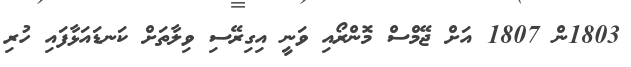
1803ން 1807 އަށް ޖޭމްސް މޮންރޯއި ވަނީ އިގިރޭސި ވިލާތަށް ކަނޑައަޅާފައި ހުރި